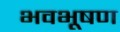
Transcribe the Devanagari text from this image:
भवभूषण